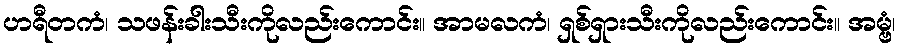
ဟရီတကံ၊ သဖန်းခါးသီးကိုလည်းကောင်း။ အာမလကံ၊ ရှစ်ရှားသီးကိုလည်းကောင်း။ အမ္ဗံ၊